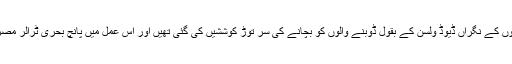
امدادی کاموں کے نگراں ڈیوڈ ولسن کے بقول ڈوبنے والوں کو بچانے کی سر توڑ کوششیں کی گئی تھیں اور اس عمل میں پانچ بحری ٹرالر مصروف رہے۔